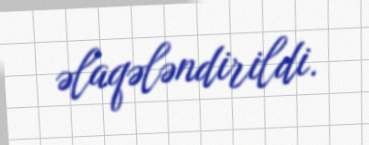
əlaqələndirildi.